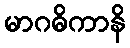
မာဂဓိကာနိ